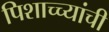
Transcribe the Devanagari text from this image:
पिशाच्च्यांची